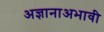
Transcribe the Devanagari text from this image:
अज्ञानाअभावी